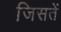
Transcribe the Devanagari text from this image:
जिसतें